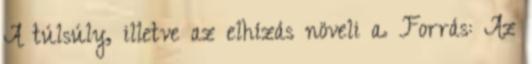
A túlsúly, illetve az elhízás növeli a. Forrás: Az